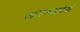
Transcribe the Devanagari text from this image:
आरण्यकांची